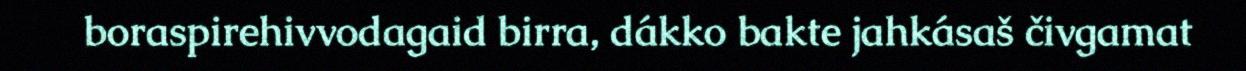
boraspirehivvodagaid birra, dákko bakte jahkásaš čivgamat